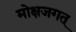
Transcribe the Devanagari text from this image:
मोक्षजगत्